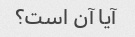
آیا آن است؟